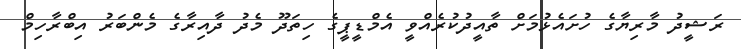
ރަޝީދު މާރިޔާގެ ހުށައެޅުމަށް ތާއީދުކުރެއްވީ އެމްޑީޕީގެ ހިތަދޫ މެދު ދާއިރާގެ މެންބަރު އިބްރާހިމް